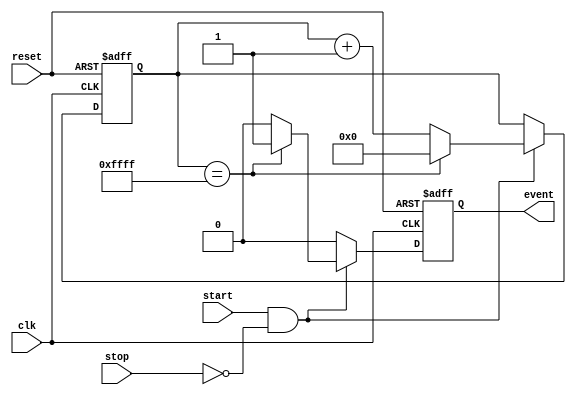
module event_timer (
  input wire clk,
  input wire reset,
  input wire start,
  input wire stop,
  output wire event
);

reg [15:0] count;
reg event;

always @(posedge clk or posedge reset) begin
  if (reset) begin
    count <= 16'h0000;
    event <= 1'b0;
  end else begin
    if (start && !stop) begin
      count <= count + 1;
      if (count == 16'hFFFF) begin
        count <= 16'h0000;
        event <= 1'b1;
      end else begin
        event <= 1'b0;
      end
    end else begin
      event <= 1'b0;
    end
  end
end

endmodule